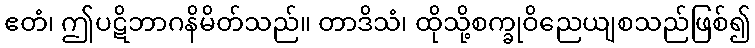
ဧတံ၊ ဤပဋိဘာဂနိမိတ်သည်။ တာဒိသံ၊ ထိုသို့စက္ခုဝိညေယျစသည်ဖြစ်၍